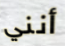
أنني